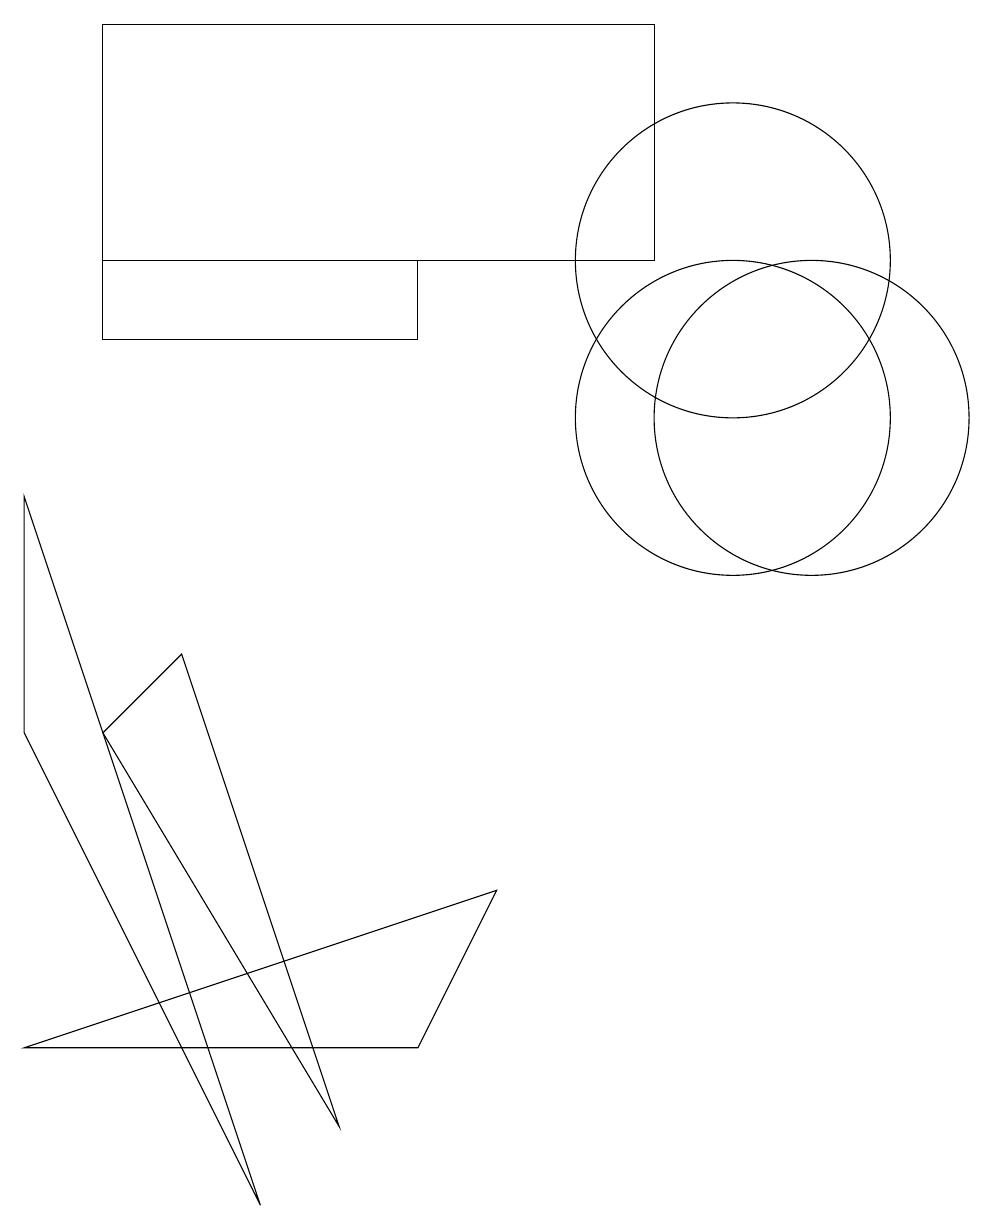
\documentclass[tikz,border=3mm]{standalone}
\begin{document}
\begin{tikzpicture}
\draw (10,12) circle (2);
\draw (1,6) -- (1,9) -- (4,0) -- cycle;
\draw (2,12) rectangle (9,15);
\draw (10,10) circle (2);
\draw (6,11) rectangle (2,12);
\draw (3,7) -- (2,6) -- (5,1) -- cycle;
\draw (11,10) circle (2);
\draw (7,4) -- (1,2) -- (6,2) -- cycle;
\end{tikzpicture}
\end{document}